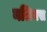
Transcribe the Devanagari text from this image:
नलियस